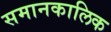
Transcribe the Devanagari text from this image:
समानकालिक